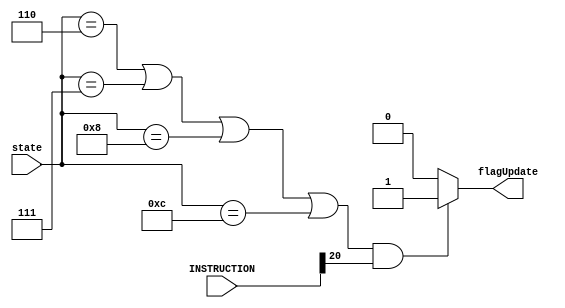
module multicycle_computer_controller_xPSR_write(
	INSTRUCTION, 
	state, 
	flagUpdate
); 
	input [31:0]INSTRUCTION; 
	input [3:0]state; 
	output reg flagUpdate; 
	
	parameter s0 = 4'b0000, s1 = 4'b0001, s2 = 4'b0010, s3 = 4'b0011; 
	parameter s4 = 4'b0100, s5 = 4'b0101, s6 = 4'b0110, s7 = 4'b0111;
	parameter s8 = 4'b1000, s9 = 4'b1001, s10 = 4'b1010, s11 = 4'b1011;
	parameter s12 = 4'b1100, s13 = 4'b1101, s14 = 4'b1110, s15 = 4'b1111;
	
	wire flag_write; 
	assign flag_write = INSTRUCTION[20]; 
	
	always @(state) begin 
		if ((state == s6 || state == s7 || state == s8 || state == s12) &&
			 (flag_write == 1)) flagUpdate <= 1; 
		else flagUpdate <= 0; 
			
	end 

endmodule